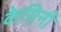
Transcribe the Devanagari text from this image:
केसिनी